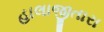
હાલાજીતારા